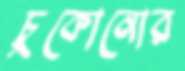
চুকোনোর